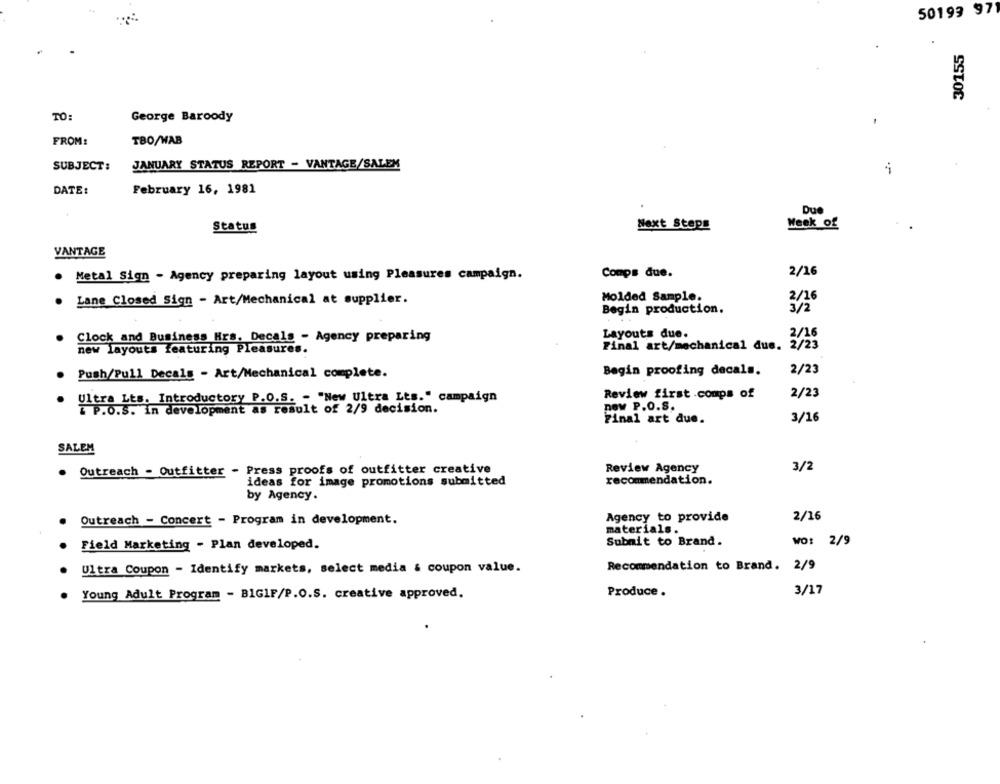
50193 971
30155
TO:
George Baroody
FROM:
TBO/WAB
JANUARY STATUS REPORT - VANTAGE/SALEM
SUBJECT:
DATE:
February 16, 1981
Due
Status
Next Steps
Week of
VANTAGE
. Metal Sign - Agency preparing layout using Pleasures campaign.
Conps due.
2/16
Molded Sample.
2/16
Lane Closed Sign - Art/Mechanical at supplier.
Begin production.
Clock and Business Hrs. Decals - Agency preparing
Layouts due.
2/16
Final art/mechanical due. 2/23
new Layouts featuring Pleasures.
Push/Pull Decals - Art/Mechanical complete.
Begin proofing decals.
2/23
2/23
Ultra Lts. Introductory P.O.S. - "New Ultra Lts." campaign
Review first .comps of
new P.O.S.
T P.O.S. In development as
result of 2/9 decision.
Final art due.
3/16
SALEM
. Outreach - Outfitter - Press proofs of outfitter creative
Review Agency
3/2
ideas for image promotions submitted
recommendation.
by Agency.
Agency to provide
2/16
Outreach - Concert - Program in development.
materials.
Submit to Brand.
WO: 2/9
Field Marketing - Plan developed.
Ultra Coupon - Identify markets, select media & coupon value.
Recommendation to Brand. 2/9
Young Adult Program - BIGIF/P.O.S. creative approved.
Produce.
3/17